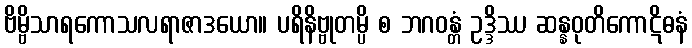
ဗိမ္ဗိသာရကောသလရာဇာဒယော။ ပရိနိဗ္ဗုတမ္ပိ စ ဘဂဝန္တံ ဥဒ္ဒိဿ ဆန္နဝုတိကောဋိဓနံ